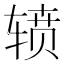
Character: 𮝷